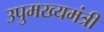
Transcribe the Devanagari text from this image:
उपुमख्यमंत्री